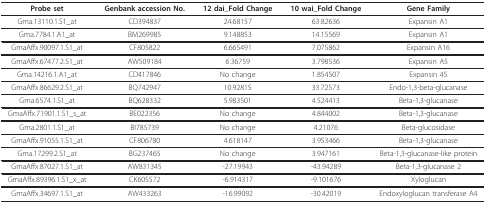
| Probe set | Genbank accession No. | 12 dai_Fold Change | 10 wai_Fold Change | Gene Family |
 | --- | --- | --- | --- | --- |
 | Gma.13110.1.S1_at | CD394837 | 24.68157 | 63.82636 | Expansin A1 |
 | Gma.7784.1.A1_at | BM269985 | 9.148853 | 14.15569 | Expansin A1 |
 | GmaAffx.90097.1.S1_at | CF805822 | 6.665491 | 7.075862 | Expansin A16 |
 | GmaAffx.67477.2.S1_at | AW509184 | 6.36759 | 3.798536 | Expansin A5 |
 | Gma.14216.1.A1_at | CD417846 | No change | 1.854507 | Expansin 45 |
 | GmaAffx.86629.2.S1_at | BQ742947 | 10.92815 | 33.72573 | Endo-1,3-beta-glucanase |
 | Gma.6574.1.S1_at | BQ628332 | 5.983501 | 4.524413 | Beta-1,3-glucanase |
 | GmaAffx.71901.1.S1_s_at | BE022356 | No change | 4.844002 | Beta-1,3-glucanase |
 | Gma.2801.1.S1_at | BI785739 | No change | 4.21076 | Beta-glucosidase |
 | GmaAffx.91055.1.S1_at | CF806780 | 4.618147 | 3.953466 | Beta-1,3-glucanase |
 | Gma.17299.2.S1_at | BG237465 | No change | 3.947161 | Beta-1,3-glucanase-like protein |
 | GmaAffx.87027.1.S1_at | AW831345 | -27.19943 | -43.94289 | Beta-1,3-glucanase 2 |
 | GmaAffx.89396.1.S1_x_at | CK605572 | -6.914317 | -9.101676 | Xyloglucan |
 | GmaAffx.34697.1.S1_at | AW433263 | -16.99092 | -30.42019 | Endoxyloglucan transferase A4 |